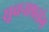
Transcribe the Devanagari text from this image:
सूचनाप्रसंग